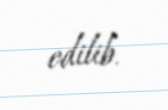
edilib.